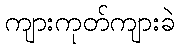
ကျားကုတ်ကျားခဲ